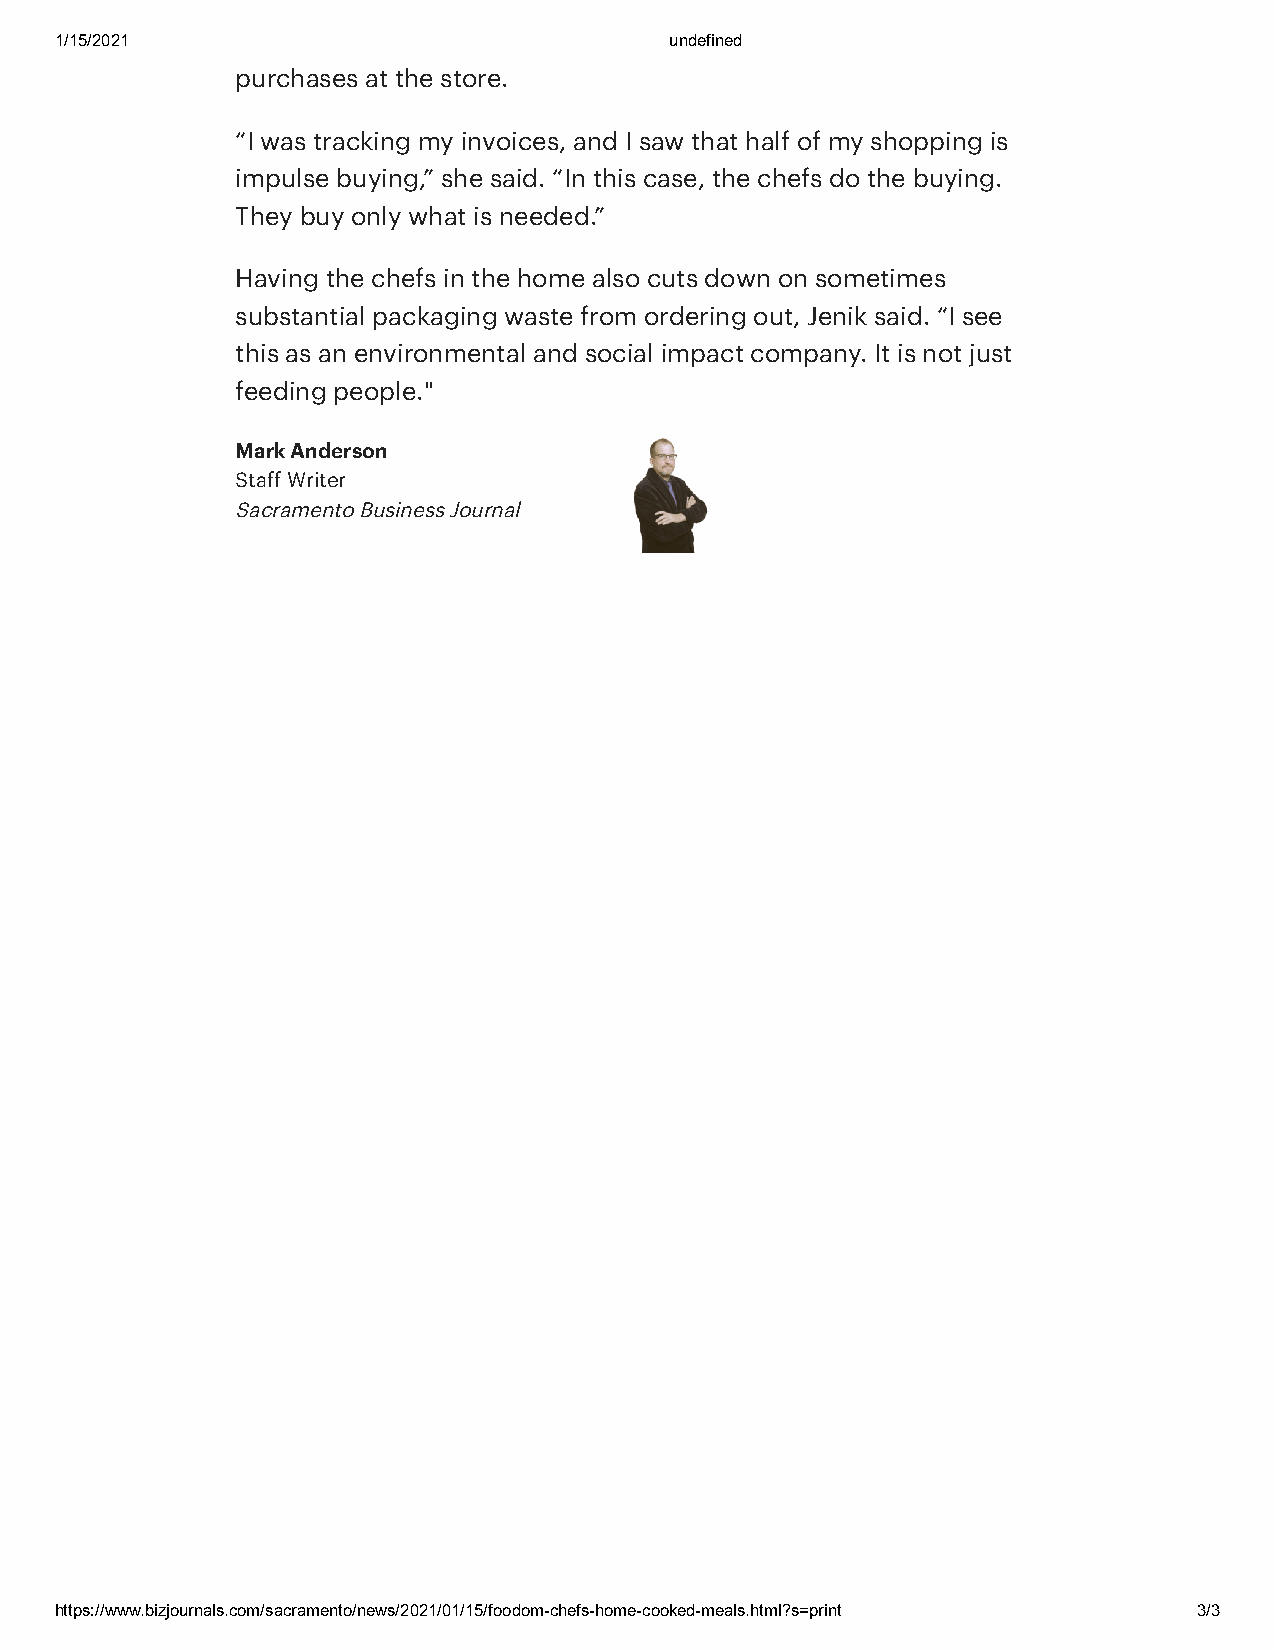
1/15/2021                               undefined
 purchases at the store.
 “I was tracking my invoices, and I saw that half of my shopping is
 impulse buying,” she said. “In this case, the chefs do the buying.
 They buy only what is needed.”
 Having the chefs in the home also cuts down on sometimes
 substantial packaging waste from ordering out, Jenik said. “I see
 this as an environmental and social impact company. It is not just
 feeding people."
 Mark Anderson
 Staff Writer
 Sacramento Business Journal
 https://www.bizjournals.com/sacramento/news/2021/01/15/foodom-chefs-home-cooked-meals.html?s=print 3/3